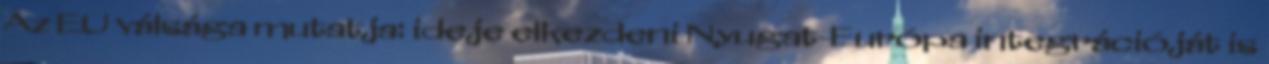
Az EU válsága mutatja: ideje elkezdeni Nyugat-Európa integrációját is